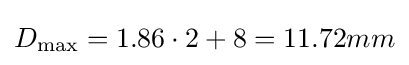
D_{\text{max}}=1.86\cdot 2+8=11.72mm